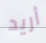
أريد